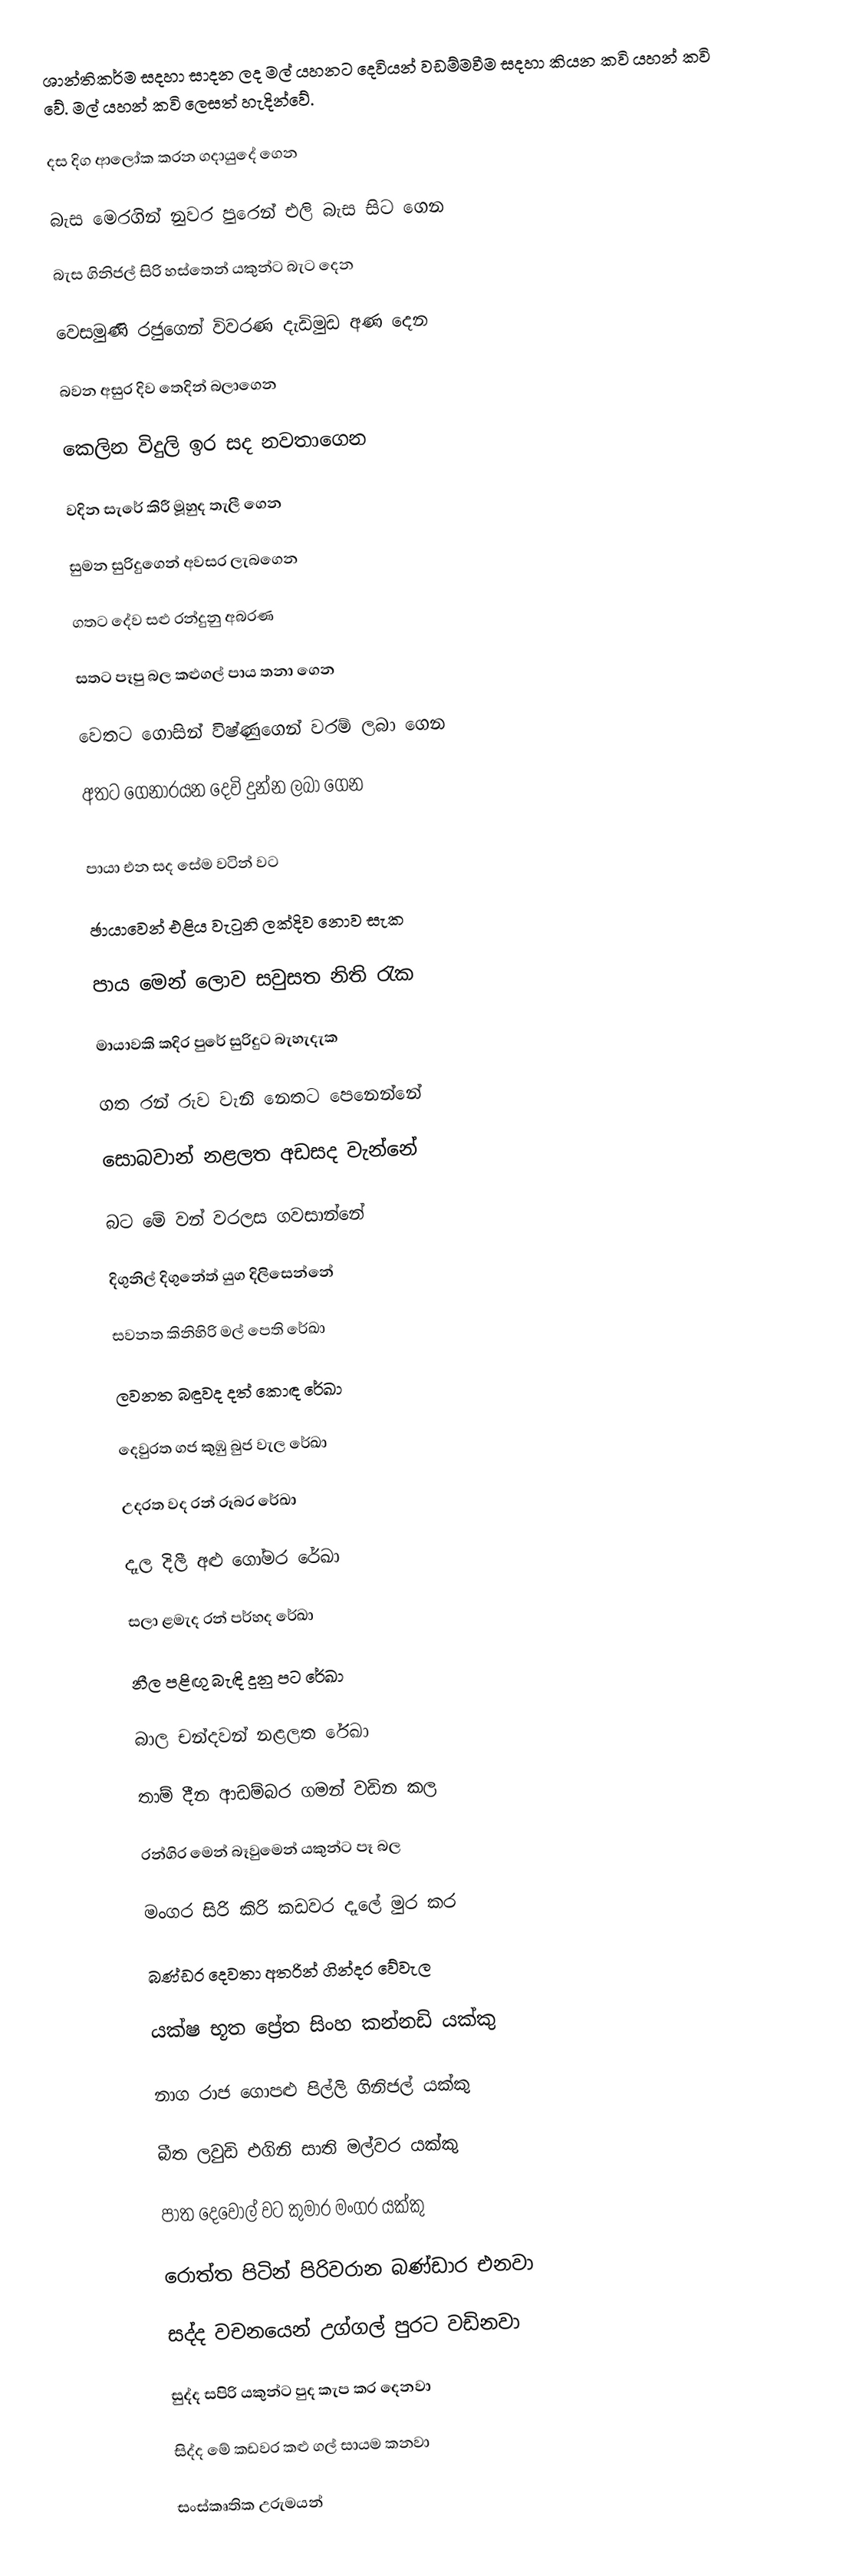
ශාන්තිකර්ම සදහා සාදන ලද මල් යහනට දෙවියන් වඩම්මවීම සදහා කියන කවි යහන් කවි වේ. මල් යහන් කවි ලෙසත් හැදින්වේ.

දස දිග ආලෝක කරන ගදායුදේ ගෙන

බැස මෙරගින් නුවර පුරෙන් එලි බැස සිට ගෙන

බැස ගිනිජල් සිරි හස්තෙන් යකුන්ට බැට දෙන

වෙසමුණි රජුගෙන් විවරණ දැඩිමුඩ අණ දෙන

බවන අසුර දිව තෙදින් බලාගෙන

කෙලින විදුලි ඉර සද නවතාගෙන

වදින සැරේ කිරී මූහුද තැලී ගෙන

සුමන සුරිදුගෙන් අවසර ලැබගෙන

ගතට දේව සළු රන්දුනු අබරණ

සතට පෑපු බල කළුගල් පාය තනා ගෙන

වෙතට ගොසින් විෂ්ණුගෙන් වරම් ලබා ගෙන

අතට ගෙනාරයන දෙවි දුන්න ලබා ගෙන

පායා එන සද සේම වටින් වට

ඡායාවෙන් එළිය වැටුනි ලක්දිව නොව සැක

පාය මෙන් ලොව සවුසත නිති රැක

මායාවකි කදිර පුරේ සුරිදුට බැහැදැක

ගත රන් රුව වැනි නෙතට පෙනෙන්නේ

සොබවාන් නළලත අඩසද වැන්නේ

බට මේ වන් වරලස ගවසාන්නේ

දිගුනිල් දිගුනේත් යුග දිලිසෙන්නේ

සවනත කිනිහිරි මල් පෙති රේඛා

ලවනත බඳුවද දත් කොඳ රේඛා

දෙවුරත ගජ කුඹු බුජ වැල රේඛා

උදරත වද රන් රූබර රේඛා

දෑල දිලී අළු ගෝමර රේඛා

සලා ළමැද රන් පර්හද රේඛා

නීල පළිඟු බැඳි දුනු පට රේඛා

බාල චන්දවන් නළලත රේඛා

තාම් දීන ආඩම්බර ගමන් වඩින කල

රන්ගිර මෙන් බෑවුමෙන් යකුන්ට පෑ බල

මංගර සිරි කිරි කඩවර දෑලේ මුර කර

බණ්ඩර දෙවතා අතරින් ගින්දර වේවැල

යක්ෂ භූත ප්‍රේත සිංහ කන්නඩි යක්කු

නාග රාජ ගොපළු පිල්ලි ගිනිජල් යක්කු

බීත ලවුඩි එගිනි සාති මල්වර යක්කු

පාත දෙවොල් වට කුමාර මංගර යක්කු

රොත්ත පිටින් පිරිවරාන බණ්ඩාර එනවා

සද්ද වචනයෙන් උග්ගල් පුරට වඩිනවා

සුද්ද සපිරි යකුන්ට පුද කැප කර දෙනවා

සිද්ද මේ කඩවර කළු ගල් සායම කනවා

සංස්කෘතික උරුමයන්